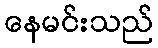
နေမင်းသည်